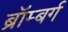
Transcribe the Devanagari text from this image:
ब्रॉम्बर्ग